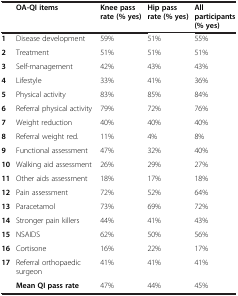
<table><thead><tr><td></td><td><b>OA-QI items</b></td><td><b>Knee pass rate (% yes)</b></td><td><b>Hip pass rate (% yes)</b></td><td><b>All participants (% yes)</b></td></tr></thead><tbody><tr><td><b>1</b></td><td>Disease development</td><td>59%</td><td>51%</td><td>55%</td></tr><tr><td><b>2</b></td><td>Treatment</td><td>51%</td><td>51%</td><td>51%</td></tr><tr><td><b>3</b></td><td>Self-management</td><td>42%</td><td>43%</td><td>43%</td></tr><tr><td><b>4</b></td><td>Lifestyle</td><td>33%</td><td>41%</td><td>36%</td></tr><tr><td><b>5</b></td><td>Physical activity</td><td>83%</td><td>85%</td><td>84%</td></tr><tr><td><b>6</b></td><td>Referral physical activity</td><td>79%</td><td>72%</td><td>76%</td></tr><tr><td><b>7</b></td><td>Weight reduction</td><td>40%</td><td>40%</td><td>40%</td></tr><tr><td><b>8</b></td><td>Referral weight red.</td><td>11%</td><td>4%</td><td>8%</td></tr><tr><td><b>9</b></td><td>Functional assessment</td><td>47%</td><td>32%</td><td>40%</td></tr><tr><td><b>10</b></td><td>Walking aid assessment</td><td>26%</td><td>29%</td><td>27%</td></tr><tr><td><b>11</b></td><td>Other aids assessment</td><td>18%</td><td>17%</td><td>18%</td></tr><tr><td><b>12</b></td><td>Pain assessment</td><td>72%</td><td>52%</td><td>64%</td></tr><tr><td><b>13</b></td><td>Paracetamol</td><td>73%</td><td>69%</td><td>72%</td></tr><tr><td><b>14</b></td><td>Stronger pain killers</td><td>44%</td><td>41%</td><td>43%</td></tr><tr><td><b>15</b></td><td>NSAIDS</td><td>62%</td><td>50%</td><td>56%</td></tr><tr><td><b>16</b></td><td>Cortisone</td><td>16%</td><td>22%</td><td>17%</td></tr><tr><td><b>17</b></td><td>Referral orthopaedic surgeon</td><td>41%</td><td>41%</td><td>41%</td></tr><tr><td></td><td><b>Mean QI pass rate</b></td><td>47%</td><td>44%</td><td>45%</td></tr></tbody></table>